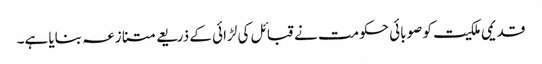
قدیمی ملکیت کو صوبائی حکومت نے قبائل کی لڑائی کے ذریعے متنازعہ بنایا ہے۔